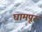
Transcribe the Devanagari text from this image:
घामपूर